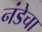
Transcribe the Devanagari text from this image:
नंडेचा